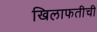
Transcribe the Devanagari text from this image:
खिलाफतीची